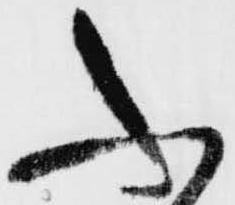
ふ